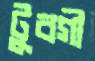
টুবগী